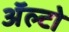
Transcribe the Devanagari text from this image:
अॅल्टो